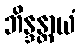
ဘိန္ဒန္တာယံ